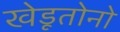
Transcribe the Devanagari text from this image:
खेडूतोनो